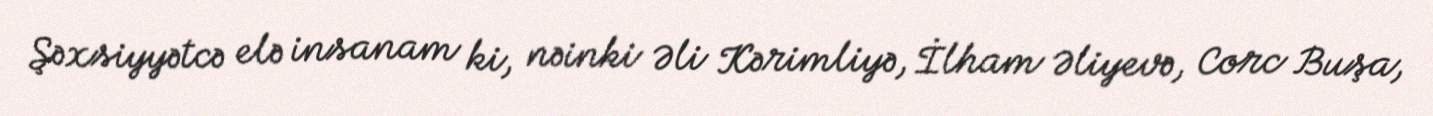
Şəxsiyyətcə elə insanam ki, nəinki Əli Kərimliyə, İlham Əliyevə, Corc Buşa,